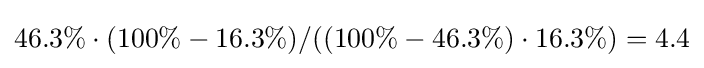
46.3\%\cdot (100\%-16.3\%)/((100\%-46.3\%)\cdot 16.3\%)=4.4